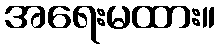
အရေးမထား။